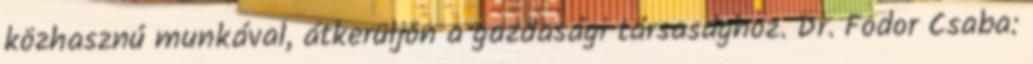
közhasznú munkával, átkerüljön a gazdasági társasághoz. Dr. Fodor Csaba: